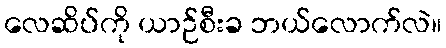
လေဆိပ်ကို ယာဉ်စီးခ ဘယ်လောက်လဲ။